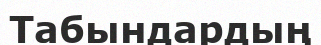
Табындардың